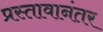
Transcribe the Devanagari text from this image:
प्रस्तावानंतर